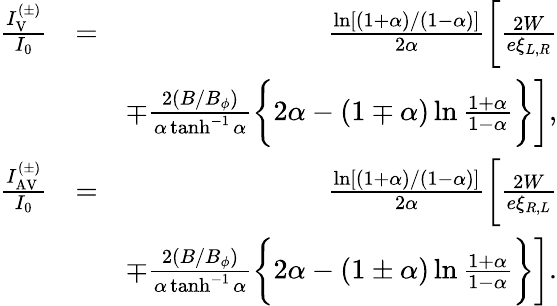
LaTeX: \begin{array}{rlr}{\frac{I_{\mathrm{V}}^{(\pm)}}{I_{0}}}&{=}&{\frac{\ln[(1+\alpha)/(1-\alpha)]}{2\alpha}\biggl[\frac{2W}{e\xi_{L,R}}}\\ &{}&{\mp\frac{2(B/B_{\phi})}{\alpha\operatorname{tanh}^{-1}\alpha}\biggl\{ 2\alpha-(1\mp\alpha)\ln\frac{1+\alpha}{1-\alpha}\biggr\} \biggr],}\\ {\frac{I_{\mathrm{AV}}^{(\pm)}}{I_{0}}}&{=}&{\frac{\ln[(1+\alpha)/(1-\alpha)]}{2\alpha}\biggl[\frac{2W}{e\xi_{R,L}}}\\ &{}&{\mp\frac{2(B/B_{\phi})}{\alpha\operatorname{tanh}^{-1}\alpha}\biggl\{ 2\alpha-(1\pm\alpha)\ln\frac{1+\alpha}{1-\alpha}\biggr\} \biggr].}\end{array}